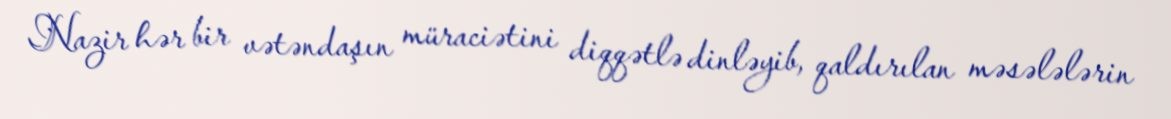
Nazir hər bir vətəndaşın müraciətini diqqətlə dinləyib, qaldırılan məsələlərin